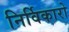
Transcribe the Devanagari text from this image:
निर्विकारो